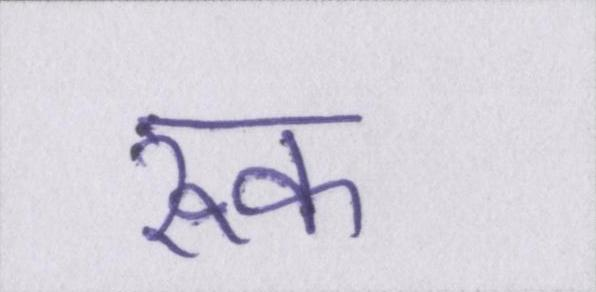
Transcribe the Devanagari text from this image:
रूक